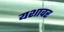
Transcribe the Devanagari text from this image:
यशावर